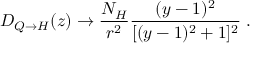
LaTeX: D _ { Q \to H } ( z ) \to \frac { N _ { H } } { r ^ { 2 } } \frac { ( y - 1 ) ^ { 2 } } { [ ( y - 1 ) ^ { 2 } + 1 ] ^ { 2 } } \; .